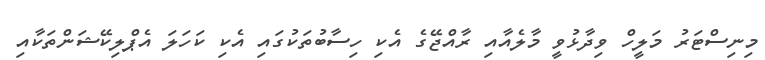
މިނިސްޓަރު މަލީހް ވިދާޅުވީ މާލެއާއި ރާއްޖޭގެ އެކި ހިސާބުތަކުގައި އެކި ކަހަލަ އެޕްލިކޭޝަންތަކާއި